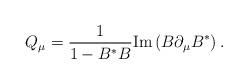
LaTeX: \begin{align*}Q_\mu = {1 \over {1 - B^* B}} \mbox{Im} \left( B \partial_\mu B^* \right).\end{align*}